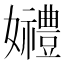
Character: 𡤠